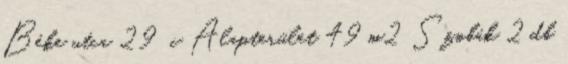
Béke utca 29 c Alapterület 49 m2 Szobák 2 db